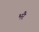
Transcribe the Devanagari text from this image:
भरै